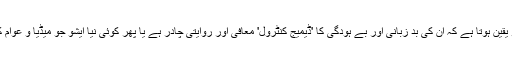
اندر کھاتے سب کو یقین ہوتا ہے کہ ان کی بد زبانی اور بے ہودگی کا 'ڈیمیج کنٹرول' معافی اور روایتی چادر ہے یا پھر کوئی نیا ایشو جو میڈیا و عوام کی توجہ ہٹا دے گا۔